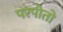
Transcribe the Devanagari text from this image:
परपोतो